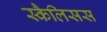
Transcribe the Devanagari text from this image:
स्कैलिसस